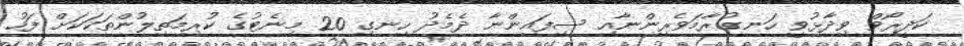
ކަދީރޯވް ވިދާޅުވީ ހަނގުރާމަވެރިންނާއި ސިފައިންނާ ދެމެދު ހިނގި 20 މިނެޓުގެ ކުރިމަތިލުންތަކަކަށް ފަހު